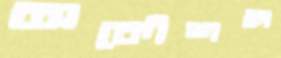
অকৌশল